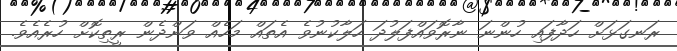
ރަނގަޅަށް ހަދާފައި ހުންނަ ނާރޮވައްފަލުދަ ހަލާކުނުވެ އެތައް މަހެއް ވަންދެން ރީތިކޮށް ހުރެއެވެ.